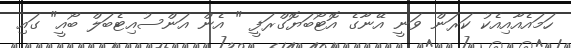
ހަމައެއާއިއެކު ކަރަން ވަނީ އޭނާގެ އޮޓޯބަޔޮގްރަފީ " އެން އަންސުއިޓެބަލް ބޯއީ" ގައި